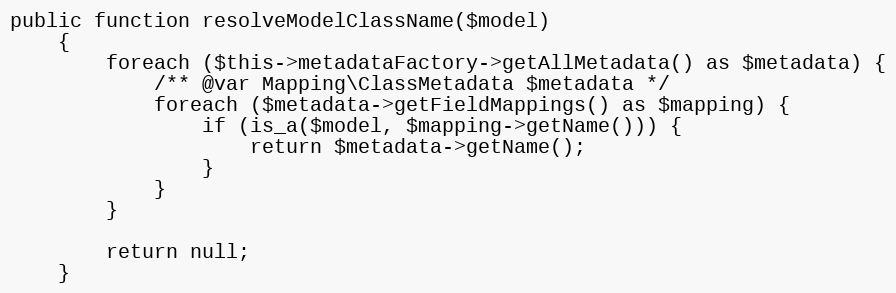
Language: PHP
public function resolveModelClassName($model)
    {
        foreach ($this->metadataFactory->getAllMetadata() as $metadata) {
            /** @var Mapping\ClassMetadata $metadata */
            foreach ($metadata->getFieldMappings() as $mapping) {
                if (is_a($model, $mapping->getName())) {
                    return $metadata->getName();
                }
            }
        }

        return null;
    }